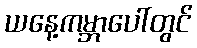
ယနေ့ကမ္ဘာပေါ်တွင်